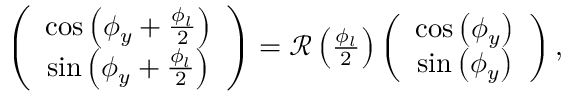
\begin{array} { r } { \left( \begin{array} { c } { \cos \left( \phi _ { y } + \frac { \phi _ { l } } { 2 } \right) } \\ { \sin \left( \phi _ { y } + \frac { \phi _ { l } } { 2 } \right) } \end{array} \right) = { \mathcal R } \left( \frac { \phi _ { l } } { 2 } \right) \left( \begin{array} { c } { \cos \left( \phi _ { y } \right) } \\ { \sin \left( \phi _ { y } \right) } \end{array} \right) , } \end{array}